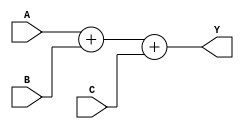
module VectorContinuousAssignment (
    input wire [3:0] A,         // 4-bit input vector A
    input wire [3:0] B,         // 4-bit input vector B
    input wire [3:0] C,         // 4-bit input vector C
    output wire [4:0] Y         // 5-bit output vector Y
);

// Continuous assignment that sums inputs A, B, and C
assign Y = A + B + C;

endmodule